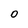
Character: O